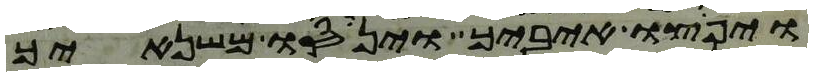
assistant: ויפוצו איביך וינסו משנאיך